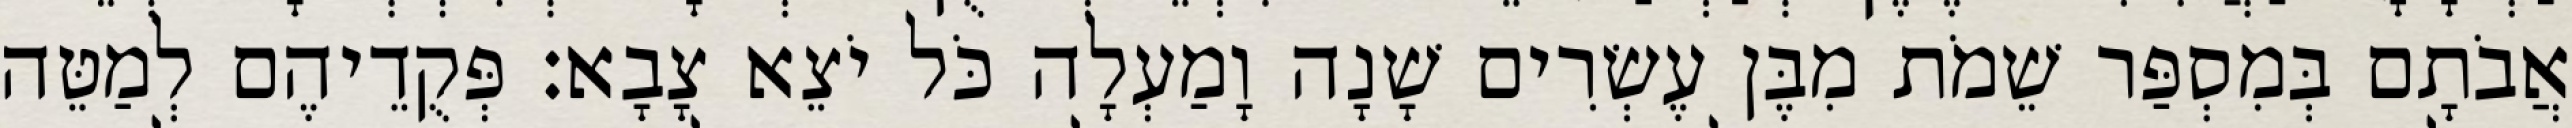
אֲבֹתָם בְּמִסְפַּר שֵׁמֹת מִבֶּן עֶשְׂרִים שָׁנָה וָמַעְלָה כֹּל יֹצֵא צָבָא׃ פְּקֻדֵיהֶם לְמַטֵּה